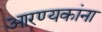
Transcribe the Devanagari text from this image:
आरण्यकांना